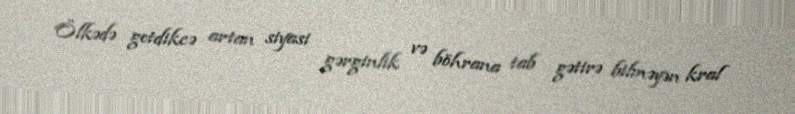
Ölkədə getdikcə artan siyasi gərginlik və böhrana tab gətirə bilməyən kral